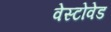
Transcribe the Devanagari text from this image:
वेस्टोवेड